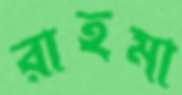
রাহমা